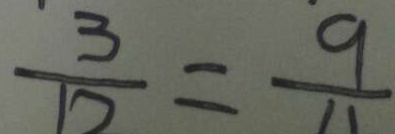
\frac { 3 } { 1 2 } = \frac { 9 } { 4 }